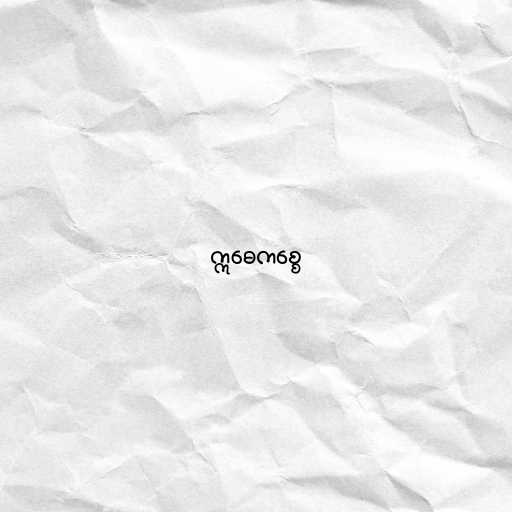
ဣဓေကစ္စေ